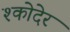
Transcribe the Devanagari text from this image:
श्कोदेर